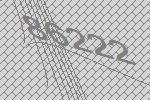
86222